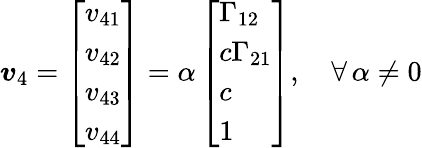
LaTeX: \boldsymbol{v}_{4}=\left[\begin{array}{l}{v_{41}}\\ {v_{42}}\\ {v_{43}}\\ {v_{44}}\end{array}\right]=\alpha\left[\begin{array}{l}{\Gamma_{12}}\\ {c\Gamma_{21}}\\ {c}\\ {1}\end{array}\right],\quad\forall\, \alpha\neq 0